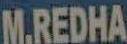
M.REDHA